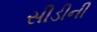
સીડીની